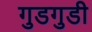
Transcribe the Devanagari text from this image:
गुडगुडी